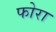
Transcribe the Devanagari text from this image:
फोरा